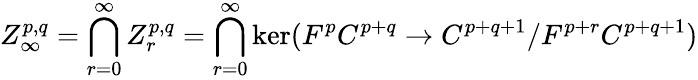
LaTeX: Z_{\infty}^{p,q}=\bigcap_{r=0}^{\infty}Z_{r}^{p,q}=\bigcap_{r=0}^{\infty}\ker(F^{p}C^{p+q}\rightarrow C^{p+q+1}/F^{p+r}C^{p+q+1})